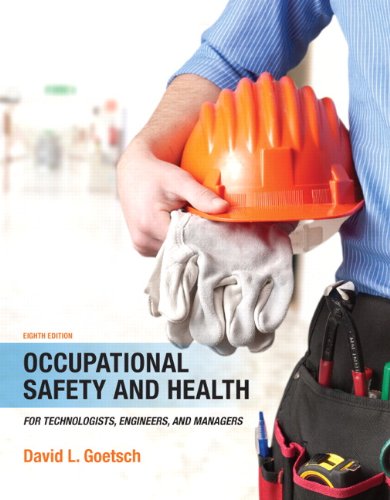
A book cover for Occupational Safety and Health for Technologists, Engineers, and Managers (8th Edition); David L. Goetsch; Engineering & Transportation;